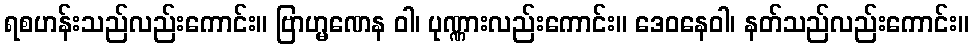
ရစဟန်းသည်လည်းကောင်း။ ဗြာဟ္မဏေန ဝါ၊ ပုဏ္ဏားလည်းကောင်း။ ဒေဝနေဝါ၊ နတ်သည်လည်းကောင်း။